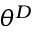
\theta ^ { D }